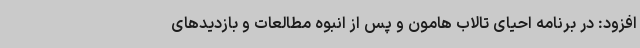
افزود: در برنامه احیای تالاب هامون و پس از انبوه مطالعات و بازدیدهای